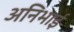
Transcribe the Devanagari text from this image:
अनिभाई